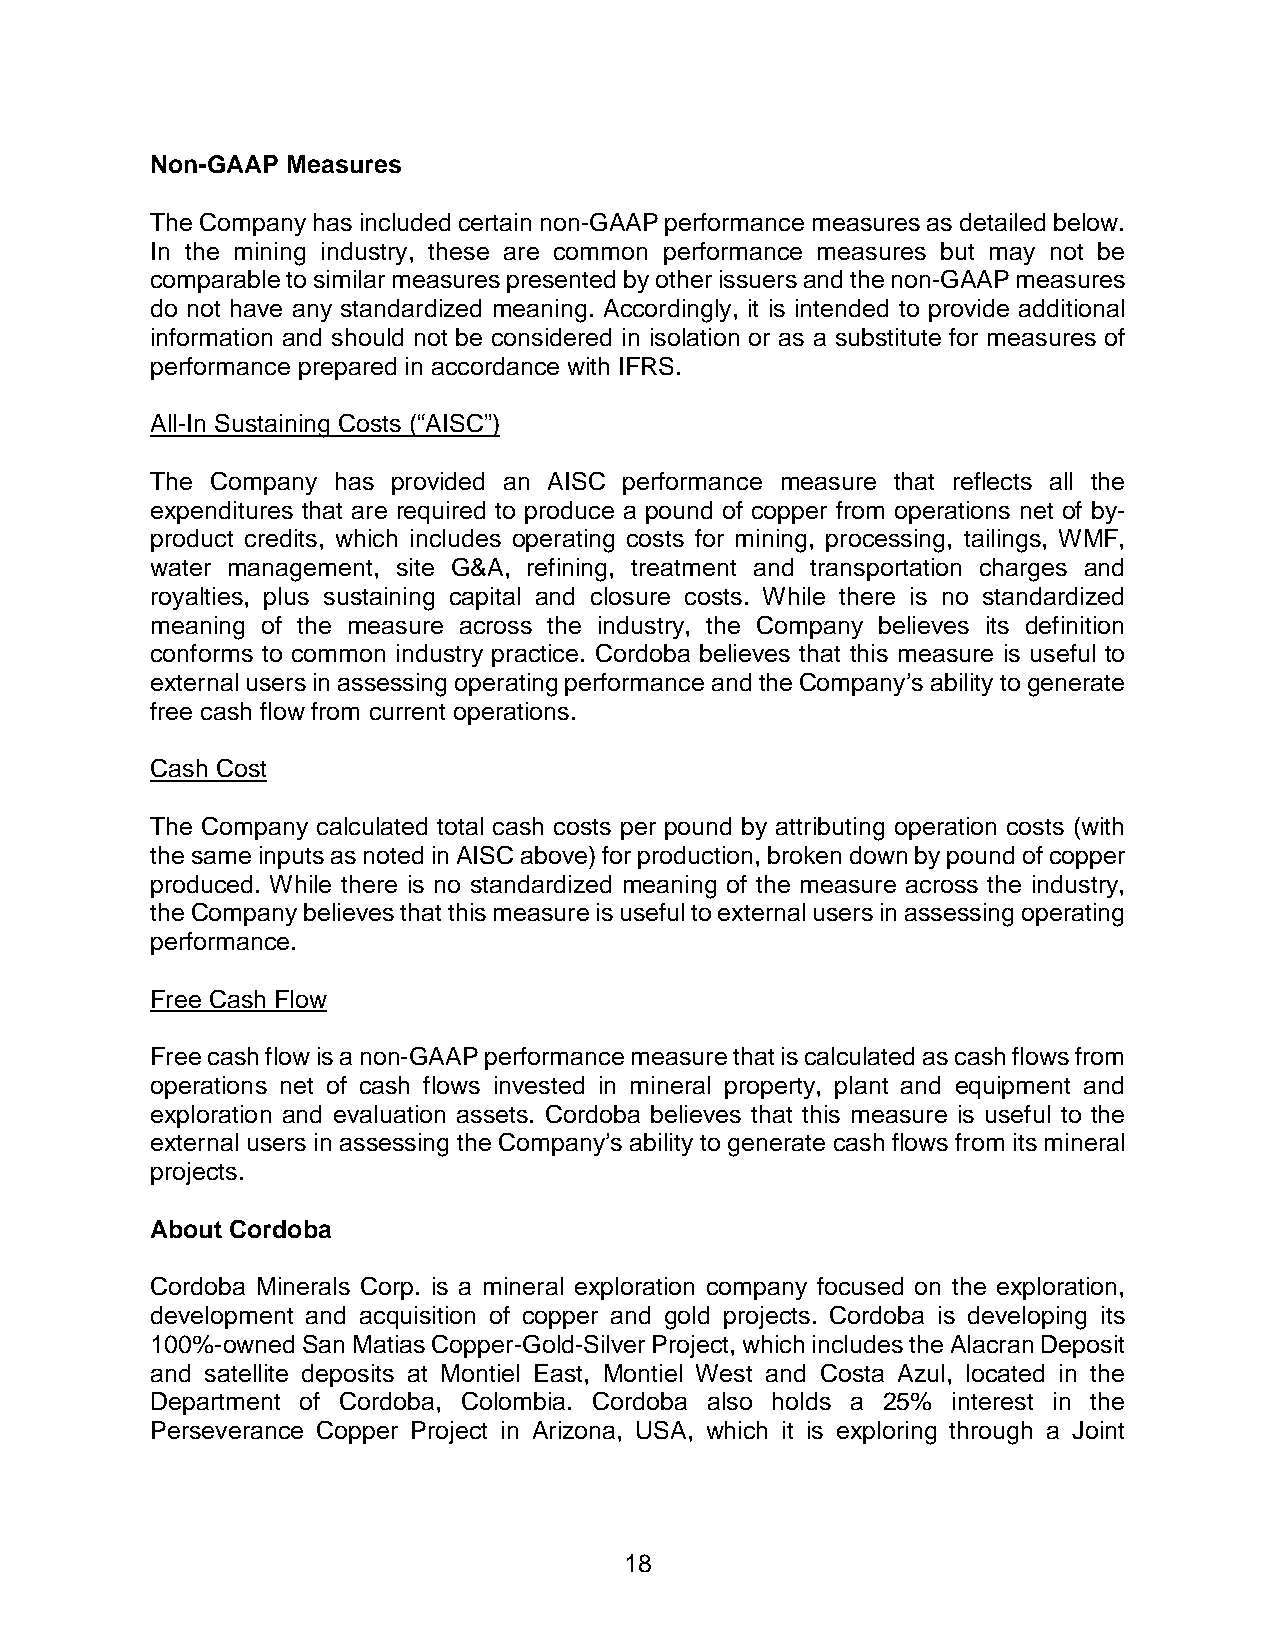
Non-GAAP Measures
 The Company has included certain non-GAAP performance measures as detailed below.
 In the mining industry, these are common performance measures but may not be
 comparable to similar measures presented by other issuers and the non-GAAP measures
 do not have any standardized meaning. Accordingly, it is intended to provide additional
 information and should not be considered in isolation or as a substitute for measures of
 performance prepared in accordance with IFRS.
 All-In Sustaining Costs (“AISC”)
 The Company has provided an AISC performance measure that reflects all the
 expenditures that are required to produce a pound of copper from operations net of by-
 product credits, which includes operating costs for mining, processing, tailings, WMF,
 water management, site G&A, refining, treatment and transportation charges and
 royalties, plus sustaining capital and closure costs. While there is no standardized
 meaning of the measure across the industry, the Company believes its definition
 conforms to common industry practice. Cordoba believes that this measure is useful to
 external users in assessing operating performance and the Company’s ability to generate
 free cash flow from current operations.
 Cash Cost
 The Company calculated total cash costs per pound by attributing operation costs (with
 the same inputs as noted in AISC above) for production, broken down by pound of copper
 produced. While there is no standardized meaning of the measure across the industry,
 the Company believes that this measure is useful to external users in assessing operating
 performance.
 Free Cash Flow
 Free cash flow is a non-GAAP performance measure that is calculated as cash flows from
 operations net of cash flows invested in mineral property, plant and equipment and
 exploration and evaluation assets. Cordoba believes that this measure is useful to the
 external users in assessing the Company’s ability to generate cash flows from its mineral
 projects.
 About Cordoba
 Cordoba Minerals Corp. is a mineral exploration company focused on the exploration,
 development and acquisition of copper and gold projects. Cordoba is developing its
 100%-owned San Matias Copper-Gold-Silver Project, which includes the Alacran Deposit
 and satellite deposits at Montiel East, Montiel West and Costa Azul, located in the
 Department of Cordoba, Colombia. Cordoba also holds a 25% interest in the
 Perseverance Copper Project in Arizona, USA, which it is exploring through a Joint
 18